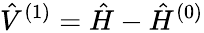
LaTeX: \hat{V}^{(1)}=\hat{H}-\hat{H}^{(0)}